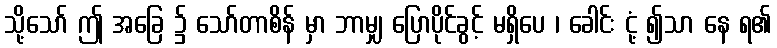
သို့သော် ဤ အခြေ ၌ သော်တာစိန် မှာ ဘာမျှ ပြောပိုင်ခွင့် မရှိပေ ၊ ခေါင်း ငုံ့ ၍သာ နေ ရ၏